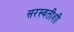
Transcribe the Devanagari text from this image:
सरस्वतीशी